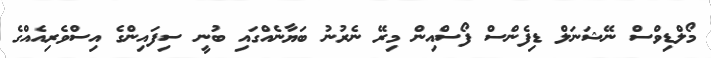
މޯލްޑިވްސް ނޭޝަނަލް ޑިފެންސް ފޯސްއިން މިރޭ ނެރުނު ބަޔާނެއްގައި ބުނީ ސިފައިންގެ އިސްވެރިއެއްގެ